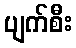
ပျက်စီး